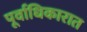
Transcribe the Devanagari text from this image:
पूर्वाधिकारात